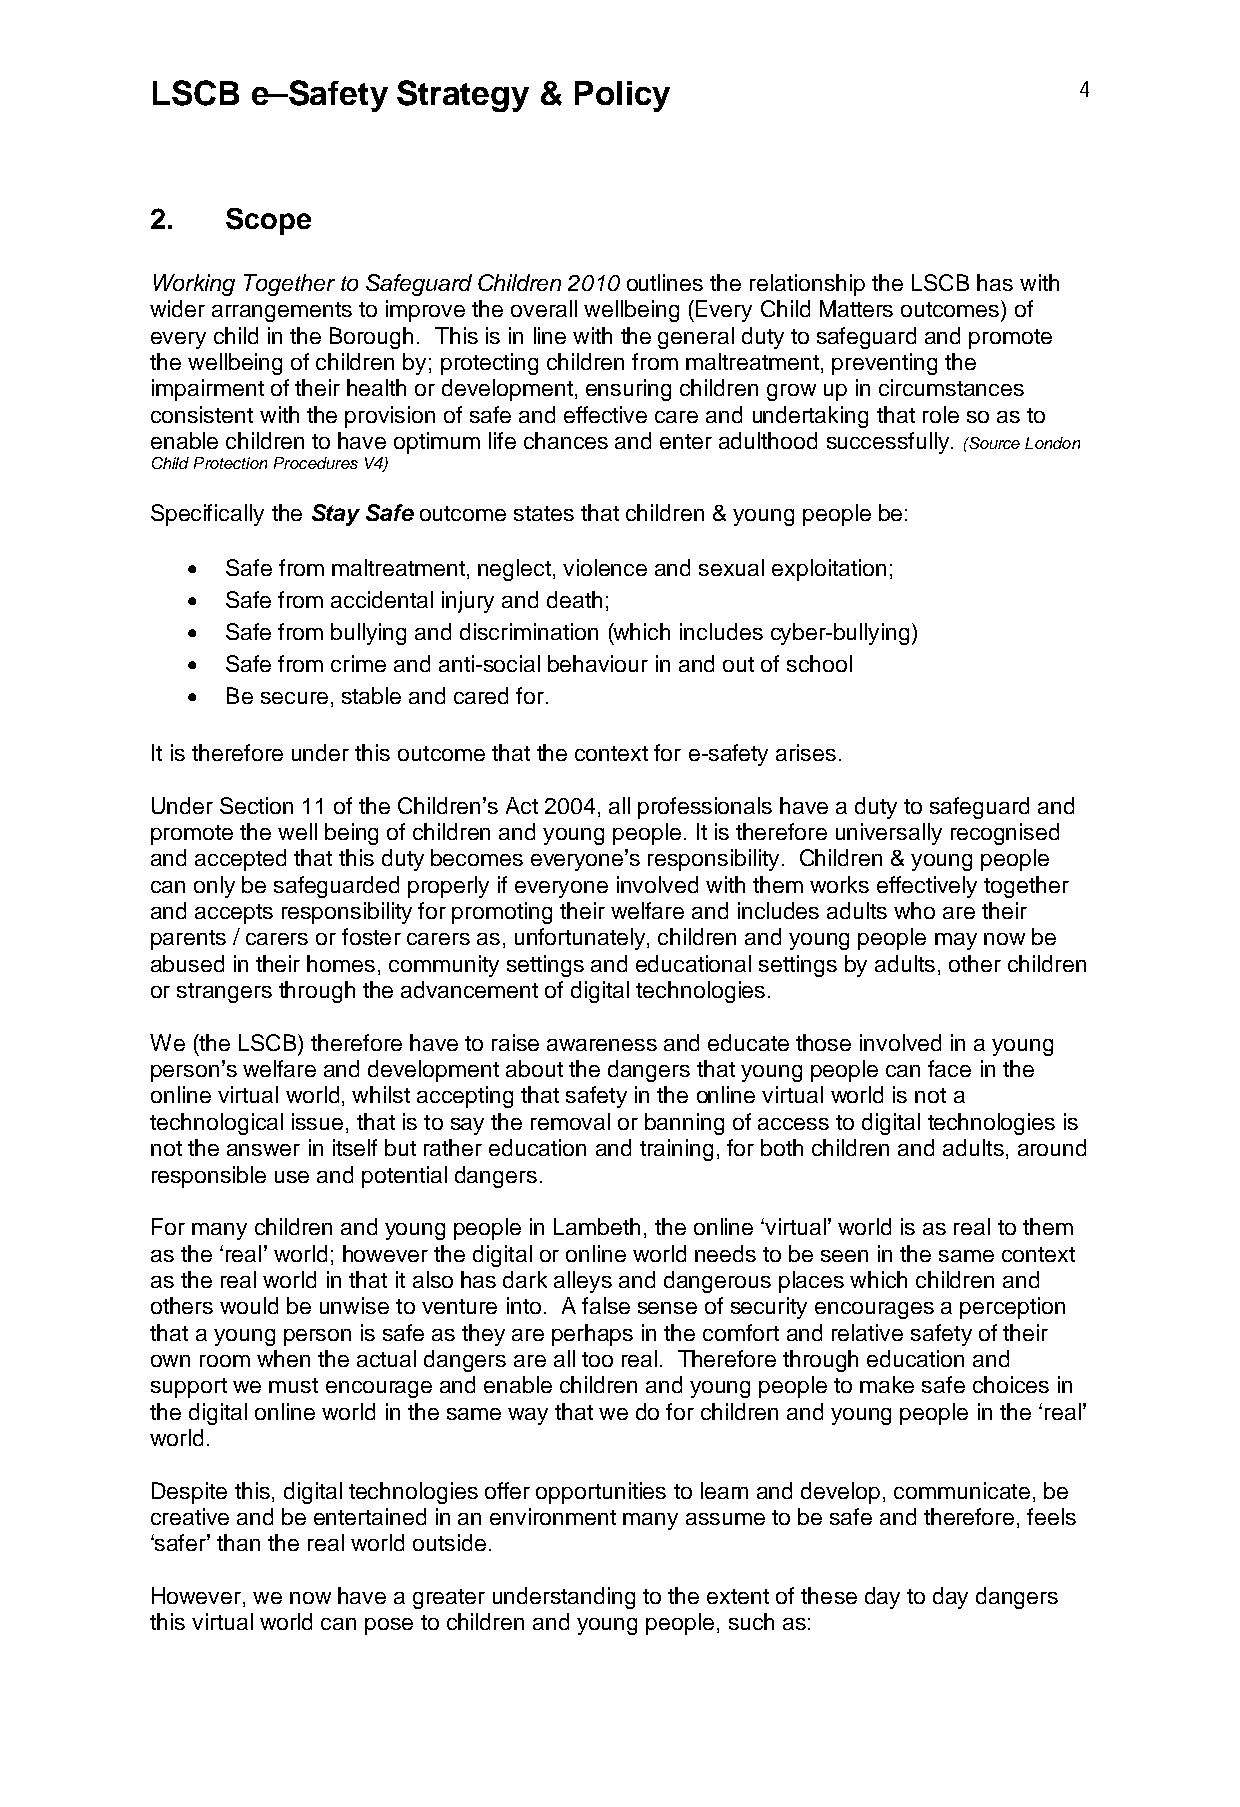
LSCB   e–Safety Strategy  & Policy                           4
 2.   Scope
 Working Together to Safeguard Children 2010 outlines the relationship the LSCB has with
 wider arrangements to improve the overall wellbeing (Every Child Matters outcomes) of
 every child in the Borough. This is in line with the general duty to safeguard and promote
 the wellbeing of children by; protecting children from maltreatment, preventing the
 impairment of their health or development, ensuring children grow up in circumstances
 consistent with the provision of safe and effective care and undertaking that role so as to
 enable children to have optimum life chances and enter adulthood successfully. (Source London
 Child Protection Procedures V4)
 Specifically the Stay Safe outcome states that children & young people be:
   Safe from maltreatment, neglect, violence and sexual exploitation;
   Safe from accidental injury and death;
   Safe from bullying and discrimination (which includes cyber-bullying)
   Safe from crime and anti-social behaviour in and out of school
   Be secure, stable and cared for.
 It is therefore under this outcome that the context for e-safety arises.
 Under Section 11 of the Children’s Act 2004, all professionals have a duty to safeguard and
 promote the well being of children and young people. It is therefore universally recognised
 and accepted that this duty becomes everyone’s responsibility. Children & young people
 can only be safeguarded properly if everyone involved with them works effectively together
 and accepts responsibility for promoting their welfare and includes adults who are their
 parents / carers or foster carers as, unfortunately, children and young people may now be
 abused in their homes, community settings and educational settings by adults, other children
 or strangers through the advancement of digital technologies.
 We (the LSCB) therefore have to raise awareness and educate those involved in a young
 person’s welfare and development about the dangers that young people can face in the
 online virtual world, whilst accepting that safety in the online virtual world is not a
 technological issue, that is to say the removal or banning of access to digital technologies is
 not the answer in itself but rather education and training, for both children and adults, around
 responsible use and potential dangers.
 For many children and young people in Lambeth, the online ‘virtual’ world is as real to them
 as the ‘real’ world; however the digital or online world needs to be seen in the same context
 as the real world in that it also has dark alleys and dangerous places which children and
 others would be unwise to venture into. A false sense of security encourages a perception
 that a young person is safe as they are perhaps in the comfort and relative safety of their
 own room when the actual dangers are all too real. Therefore through education and
 support we must encourage and enable children and young people to make safe choices in
 the digital online world in the same way that we do for children and young people in the ‘real’
 world.
 Despite this, digital technologies offer opportunities to learn and develop, communicate, be
 creative and be entertained in an environment many assume to be safe and therefore, feels
 ‘safer’ than the real world outside.
 However, we now have a greater understanding to the extent of these day to day dangers
 this virtual world can pose to children and young people, such as: